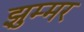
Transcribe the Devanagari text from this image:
झुम्मर